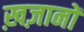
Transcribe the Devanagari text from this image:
ख़ज़ानों